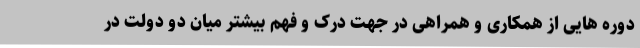
دوره هایی از همکاری و همراهی در جهت درک و فهم بیشتر میان دو دولت در